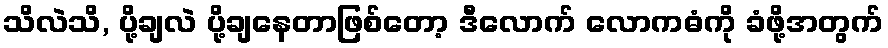
သိလဲသိ, ပို့ချလဲ ပို့ချနေတာဖြစ်တော့ ဒီလောက် လောကဓံကို ခံဖို့အတွက်